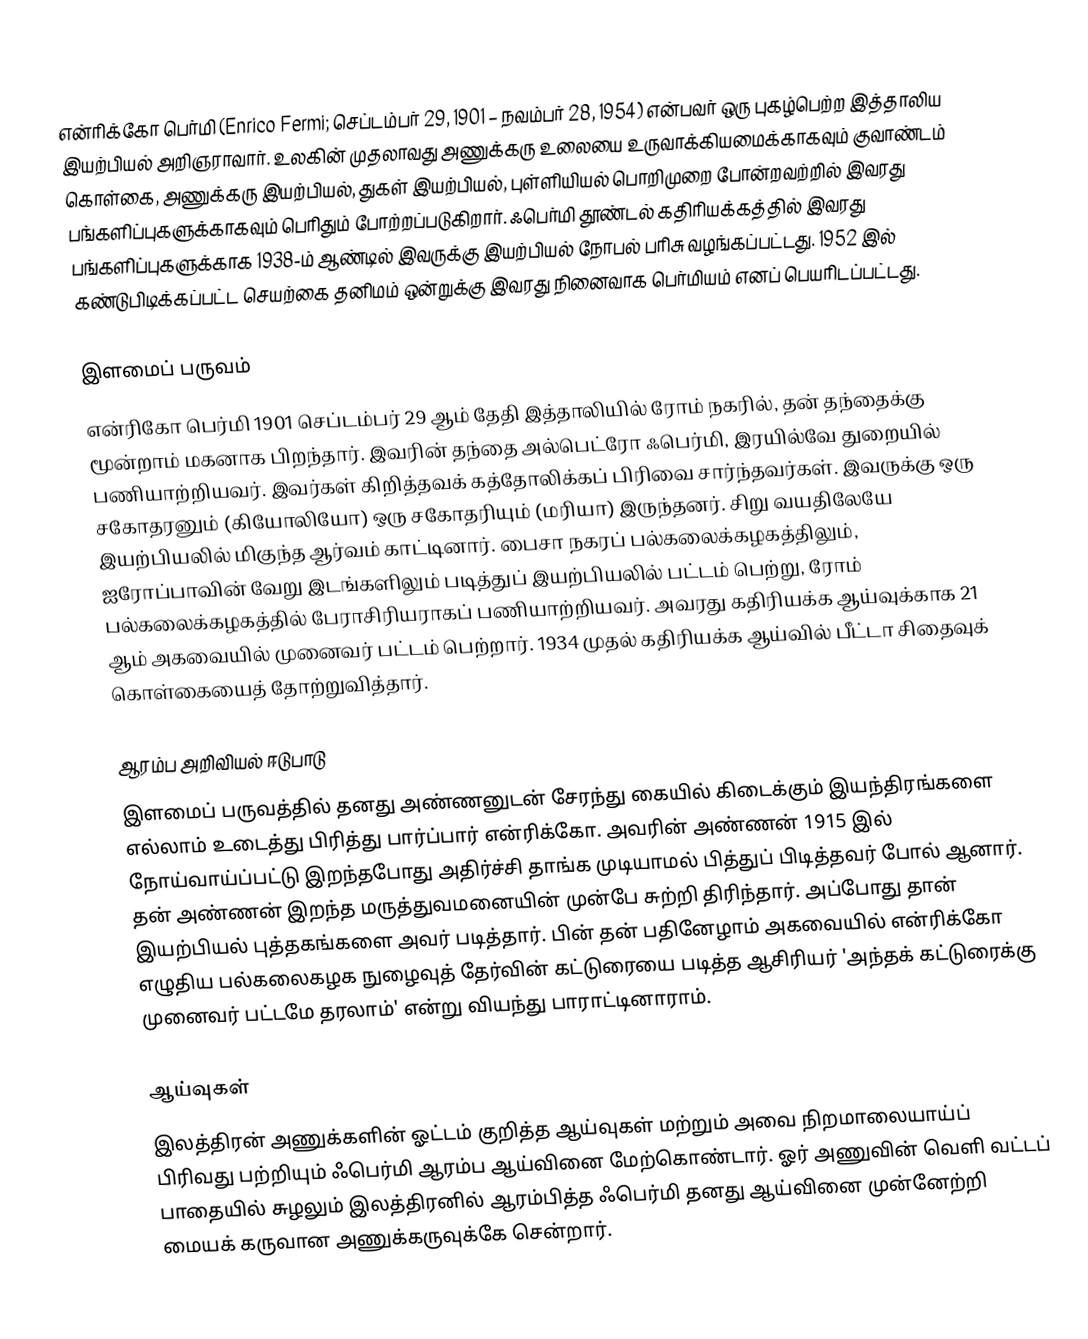
என்ரிக்கோ பெர்மி (Enrico Fermi; செப்டம்பர் 29, 1901 – நவம்பர் 28, 1954) என்பவர் ஒரு புகழ்பெற்ற இத்தாலிய இயற்பியல் அறிஞராவார். உலகின் முதலாவது அணுக்கரு உலையை உருவாக்கியமைக்காகவும் குவாண்டம் கொள்கை, அணுக்கரு இயற்பியல், துகள் இயற்பியல், புள்ளியியல் பொறிமுறை  போன்றவற்றில் இவரது பங்களிப்புகளுக்காகவும் பெரிதும் போற்றப்படுகிறார். ஃபெர்மி தூண்டல் கதிரியக்கத்தில் இவரது பங்களிப்புகளுக்காக 1938-ம் ஆண்டில் இவருக்கு இயற்பியல் நோபல் பரிசு வழங்கப்பட்டது. 1952 இல் கண்டுபிடிக்கப்பட்ட செயற்கை தனிமம் ஒன்றுக்கு இவரது நினைவாக பெர்மியம் எனப் பெயரிடப்பட்டது.

இளமைப் பருவம்
என்ரிகோ பெர்மி 1901 செப்டம்பர் 29 ஆம் தேதி இத்தாலியில் ரோம் நகரில், தன் தந்தைக்கு மூன்றாம் மகனாக பிறந்தார். இவரின் தந்தை அல்பெட்ரோ ஃபெர்மி, இரயில்வே துறையில் பணியாற்றியவர். இவர்கள் கிறித்தவக் கத்தோலிக்கப் பிரிவை சார்ந்தவர்கள். இவருக்கு ஒரு சகோதரனும் (கியோலியோ) ஒரு சகோதரியும் (மரியா) இருந்தனர். சிறு வயதிலேயே இயற்பியலில் மிகுந்த ஆர்வம் காட்டினார். பைசா நகரப் பல்கலைக்கழகத்திலும், ஐரோப்பாவின் வேறு இடங்களிலும் படித்துப் இயற்பியலில் பட்டம் பெற்று, ரோம் பல்கலைக்கழகத்தில் பேராசிரியராகப் பணியாற்றியவர். அவரது கதிரியக்க ஆய்வுக்காக 21 ஆம் அகவையில் முனைவர் பட்டம் பெற்றார். 1934 முதல் கதிரியக்க ஆய்வில் பீட்டா சிதைவுக் கொள்கையைத் தோற்றுவித்தார்.

ஆரம்ப அறிவியல் ஈடுபாடு
இளமைப் பருவத்தில் தனது அண்ணனுடன் சேரந்து கையில் கிடைக்கும் இயந்திரங்களை எல்லாம் உடைத்து பிரித்து பார்ப்பார் என்ரிக்கோ. அவரின் அண்ணன் 1915 இல் நோய்வாய்ப்பட்டு இறந்தபோது அதிர்ச்சி தாங்க முடியாமல் பித்துப்  பிடித்தவர் போல் ஆனார். தன் அண்ணன் இறந்த மருத்துவமனையின் முன்பே சுற்றி திரிந்தார். அப்போது தான் இயற்பியல் புத்தகங்களை அவர் படித்தார். பின் தன் பதினேழாம் அகவையில் என்ரிக்கோ எழுதிய பல்கலைகழக நுழைவுத் தேர்வின் கட்டுரையை படித்த ஆசிரியர் 'அந்தக் கட்டுரைக்கு முனைவர் பட்டமே தரலாம்' என்று வியந்து பாராட்டினாராம்.

ஆய்வுகள்
இலத்திரன் அணுக்களின் ஓட்டம் குறித்த ஆய்வுகள் மற்றும் அவை நிறமாலையாய்ப் பிரிவது பற்றியும் ஃபெர்மி ஆரம்ப ஆய்வினை மேற்கொண்டார். ஓர் அணுவின் வெளி வட்டப் பாதையில் சுழலும் இலத்திரனில் ஆரம்பித்த ஃபெர்மி தனது ஆய்வினை முன்னேற்றி மையக் கருவான அணுக்கருவுக்கே சென்றார்.